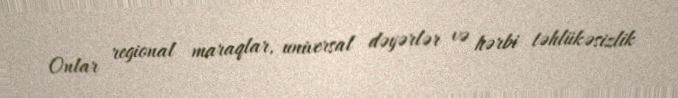
Onlar regional maraqlar, universal dəyərlər və hərbi təhlükəsizlik